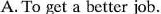
A. To get a better job.